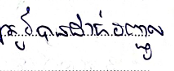
ត្រូវបានដាក់បញ្ចូល